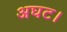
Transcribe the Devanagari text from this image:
अघट।